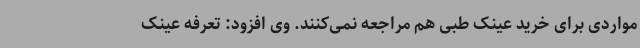
مواردی برای خرید عینک طبی هم مراجعه نمی‌کنند. وی افزود: تعرفه عینک